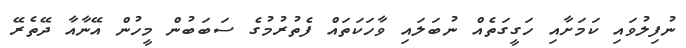
ނުފިލުވައި ކަމަށާއި ހަގީގަތެއް ނުބަލައި ވާހަކަތައް ފެތުރުމުގެ ސަބަބުން މީހުން އޭނާއާ ދޭތެރޭ